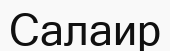
Салаир